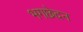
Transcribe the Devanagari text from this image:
भगछेदन